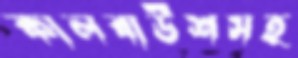
কালবাউশসহ